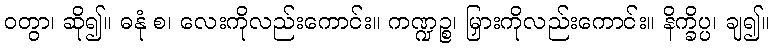
ဝတွာ၊ ဆို၍။ ဓနုံ စ၊ လေးကိုလည်းကောင်း။ ကဏ္ဍဉ္စ၊ မြှားကိုလည်းကောင်း။ နိက္ခိပ္ပ၊ ချ၍။